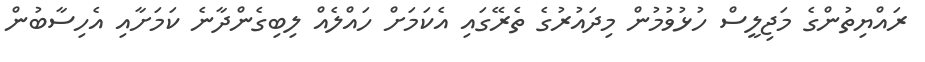
ރައްޔިތުންގެ މަޖިލީސް ހުޅުވުމުން މިދައުރުގެ ތެރޭގައި އެކަމަށް ހައްލެއް ލިބިގެންދާނެ ކަމަށާއި އެހިސާބުން